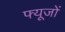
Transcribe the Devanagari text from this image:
फ्यूजों